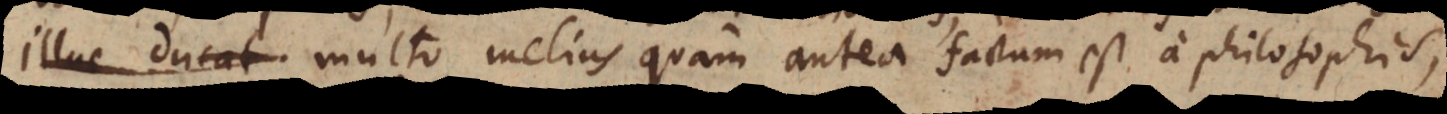
illuc ducat. multo melius quam antea factum est a philosophis,